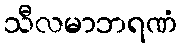
သီလမာဘရဏံ